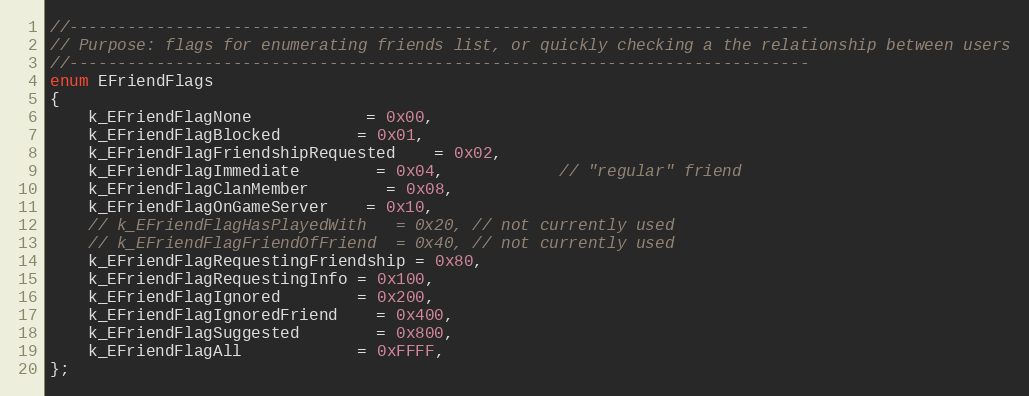
Language: C
//-----------------------------------------------------------------------------
// Purpose: flags for enumerating friends list, or quickly checking a the relationship between users
//-----------------------------------------------------------------------------
enum EFriendFlags
{
	k_EFriendFlagNone			= 0x00,
	k_EFriendFlagBlocked		= 0x01,
	k_EFriendFlagFriendshipRequested	= 0x02,
	k_EFriendFlagImmediate		= 0x04,			// "regular" friend
	k_EFriendFlagClanMember		= 0x08,
	k_EFriendFlagOnGameServer	= 0x10,
	// k_EFriendFlagHasPlayedWith	= 0x20,	// not currently used
	// k_EFriendFlagFriendOfFriend	= 0x40, // not currently used
	k_EFriendFlagRequestingFriendship = 0x80,
	k_EFriendFlagRequestingInfo = 0x100,
	k_EFriendFlagIgnored		= 0x200,
	k_EFriendFlagIgnoredFriend	= 0x400,
	k_EFriendFlagSuggested		= 0x800,
	k_EFriendFlagAll			= 0xFFFF,
};